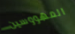
المهووسين